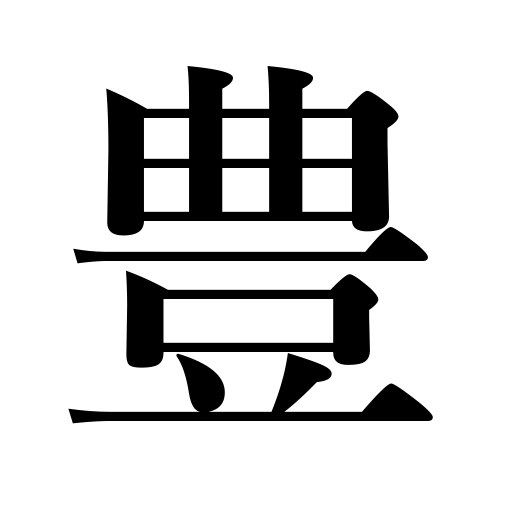
Meanings: abundant,rich,fruitful